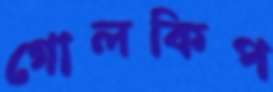
গোলকিপ